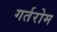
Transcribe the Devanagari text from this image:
गर्तरोम